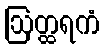
ဩတ္ထရကံ